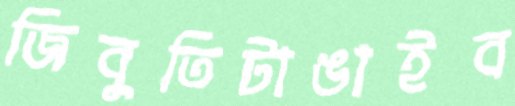
জিবুতিটাঙাইব